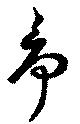
争